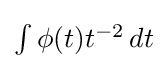
{\textstyle \int \phi (t)t^{-2}\,dt}